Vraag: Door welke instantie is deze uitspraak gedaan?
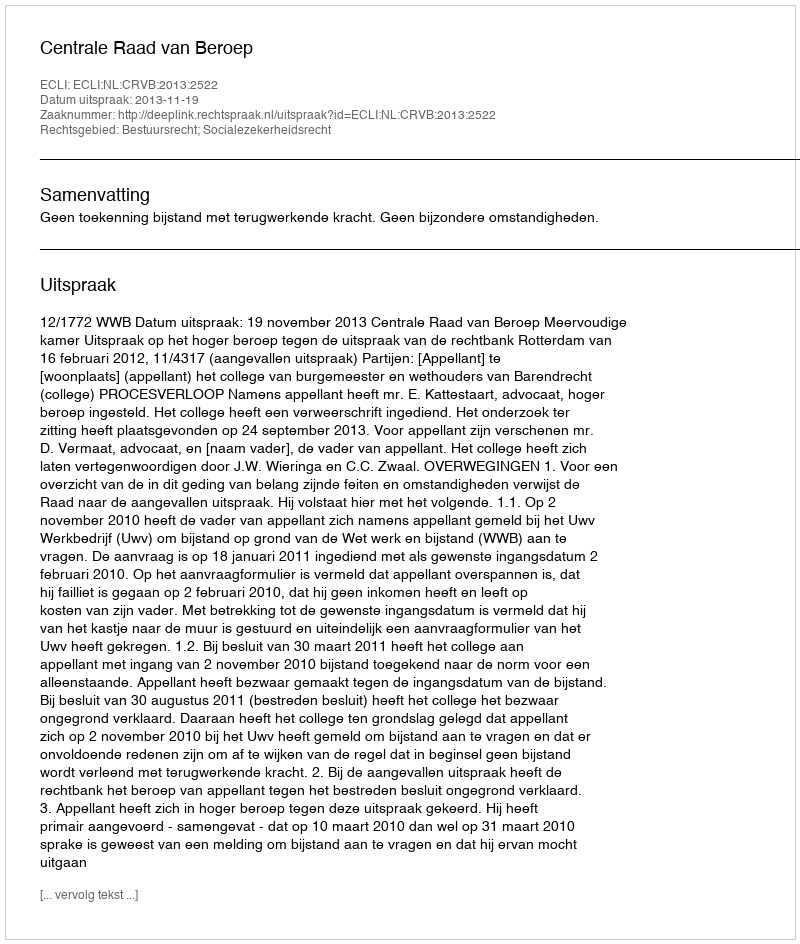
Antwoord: Centrale Raad van Beroep